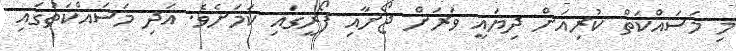
މި މަސައްކަތް ކުރިއަށް ދިޔައީ ވަރަށް ޖޯށާއި ފޯރީގައި ކަމަށެވެ. އަދި މަސައްކަތުގައި